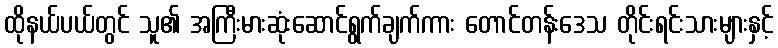
ထိုနယ်ပယ်တွင် သူ၏ အကြီးမားဆုံးဆောင်ရွက်ချက်ကား တောင်တန်းဒေသ တိုင်းရင်းသားများနှင့်